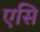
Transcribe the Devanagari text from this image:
एसि